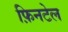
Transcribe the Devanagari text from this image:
फ़िनटेल